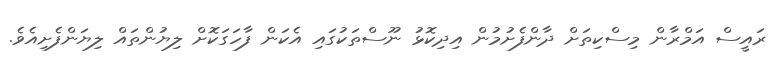
ރައީސް އަމްރާން މިސްކިތަށް ދާންފެށުމުން އިދިކޮޅު ނޫސްތަކުގައި އެކަން ފާހަގަކޮށް ލިޔުންތައް ލިޔަންފެށިއެވެ.